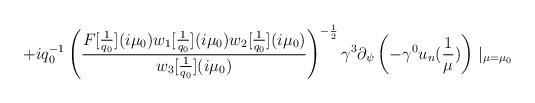
LaTeX: \begin{align*}+iq_{0}^{-1}\left(\frac{F[\frac{1}{q_{0}}](i\mu_{0})w_{1}[\frac{1}{q_{0}}](i\mu_{0})w_{2}[\frac{1}{q_{0}}](i\mu_{0})}{w_{3}[\frac{1}{q_{0}}](i\mu_{0})}\right)^{-\frac{1}{2}}\gamma^{3}\partial_{\psi}\left(-\gamma^{0}u_{n}(\frac{1}{\mu})\right)\mid_{\mu=\mu_{0}}\end{align*}